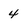
Character: 4